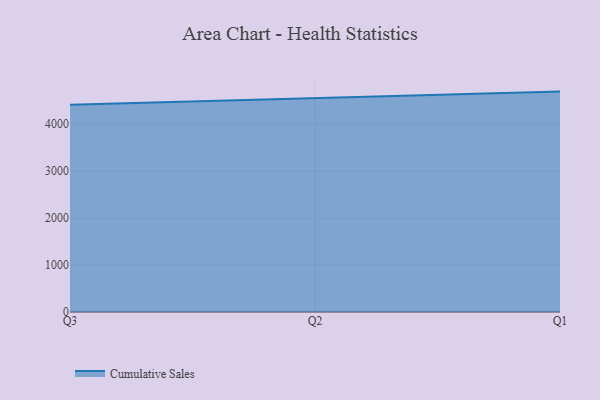
{"axis": {"x": "Quarter", "y": "Market Share (%)"}, "legend": ["Cumulative Sales"], "data": [{"x": "Q3", "y": 4411.6, "type": "Cumulative Sales"}, {"x": "Q2", "y": 4546.9, "type": "Cumulative Sales"}, {"x": "Q1", "y": 4692.5, "type": "Cumulative Sales"}]}